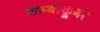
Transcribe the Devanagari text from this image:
तम्बाकूगर